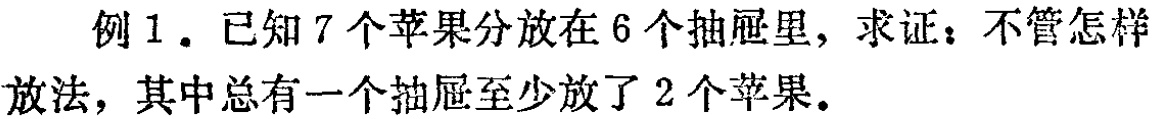
例1. 已知7个苹果分放在6个抽屉里，求证：不管怎样放法，其中总有一个抽屉至少放了2个苹果。